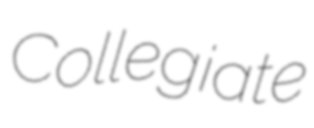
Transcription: Collegiate